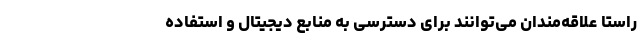
راستا علاقه‌مندان می‌توانند برای دسترسی به منابع دیجیتال و استفاده